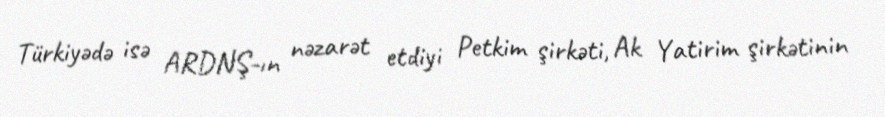
Türkiyədə isə ARDNŞ-ın nəzarət etdiyi Petkim şirkəti, Ak Yatirim şirkətinin